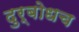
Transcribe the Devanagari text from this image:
दुर्बोधच